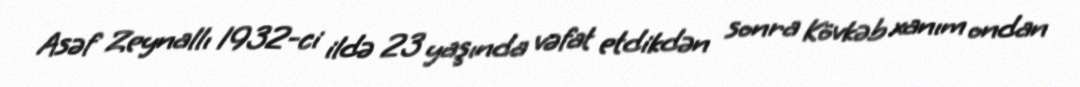
Asəf Zeynallı 1932-ci ildə 23 yaşında vəfat etdikdən sonra Kövkəb xanım ondan